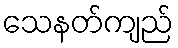
သေနတ်ကျည်